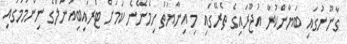
ގާނޫނުގައި ބަޔާންކުރާ އުޖޫރައިގެ ތެރޭގައި މި އިނާޔަތް ހިމެނޭނެ ކަމަށް ޓްރައިބިއުނަލްގެ ނިންމުމުގައި